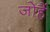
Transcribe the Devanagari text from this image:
जोहैं